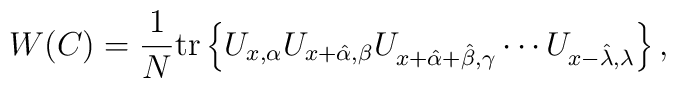
W(C)=\frac{1}{N} \mbox{tr} \left\{ U_{x,\alpha} U_{x+\hat{\alpha},\beta}     U_{x+\hat{\alpha}+\hat{\beta},\gamma} \cdots     U_{x-\hat{\lambda},\lambda} \right\},